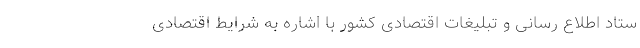
ستاد اطلاع رسانی و تبلیغات اقتصادی کشور با اشاره به شرایط اقتصادی